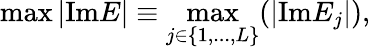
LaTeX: \operatorname*{max}|\mathrm{Im}E|\equiv\operatorname*{max}_{j\in\{ 1,...,L\} }(|\mathrm{Im}E_{j}|),